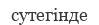
сутегінде